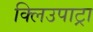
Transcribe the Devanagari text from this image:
क्लिउपाट्रा